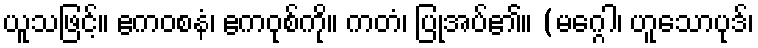
ယူသဖြင့်။ ဧကဝစနံ၊ ဧကဝုစ်ကို။ ကတံ၊ ပြုအပ်၏။ (မဂ္ဂေါ၊ ဟူသောပုဒ်၊